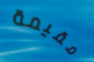
مقيمة